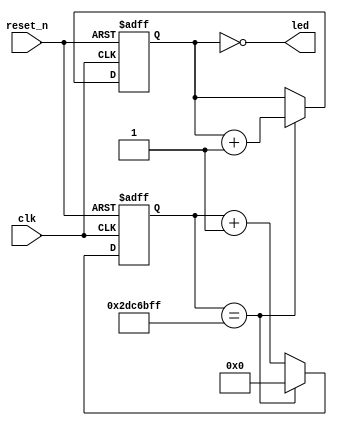
`define CYCLE_1SEC 48000000 // 48MHz

module COLORLED
(
	input 	wire 			clk,       	// 48MHz Clock
	input 	wire 			reset_n,   	// Reset Signal
	output 	wire [2:0] 	led 			// LED Output
);

reg [31:0] 	counter_1sec;
wire			period_1sec;

// 1 Second time keeper
always @(posedge clk, negedge reset_n)
begin
	if (~reset_n)
		counter_1sec <= 32'h00000000;
	else if (period_1sec)
		counter_1sec <= 32'h00000000;
	else
		counter_1sec <= counter_1sec + 32'h00000001;
end

assign period_1sec = (counter_1sec == (`CYCLE_1SEC - 1));


// LED State Manager
reg [2:0] counter_led;

always @(posedge clk, negedge reset_n)
begin
	if (~reset_n)
		counter_led <= 3'b000;
	else if (period_1sec)
		counter_led <= counter_led + 3'b001;
end

assign led = ~counter_led; // LED State is inverted on MAX10-FB board

endmodule